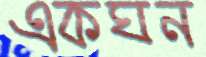
একঘন